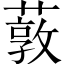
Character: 䔻